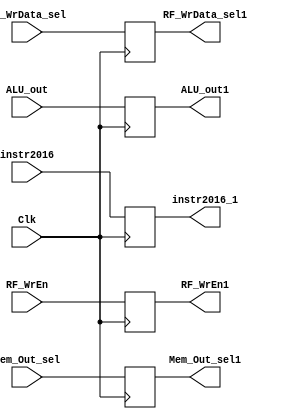
module Control_Register_1( input RF_WrEn, Mem_Out_sel, RF_WrData_sel, Clk,
									input [31:0] ALU_out,
									input [4:0] instr2016,
									output reg RF_WrEn1, Mem_Out_sel1, RF_WrData_sel1,
									output reg [31:0] ALU_out1,
									output reg [4:0] instr2016_1
									);
									
									always @(posedge Clk) begin
									
									
										instr2016_1 = instr2016;
										ALU_out1 = ALU_out;
										RF_WrEn1 = RF_WrEn;
										Mem_Out_sel1 = Mem_Out_sel;
										RF_WrData_sel1 = RF_WrData_sel;
							
									end

endmodule